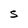
Character: S